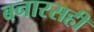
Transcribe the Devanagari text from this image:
बनारसही